Civil Veterinary Department. Madras. Admin. report 1926-33 - 1926-1933
Year: 1926
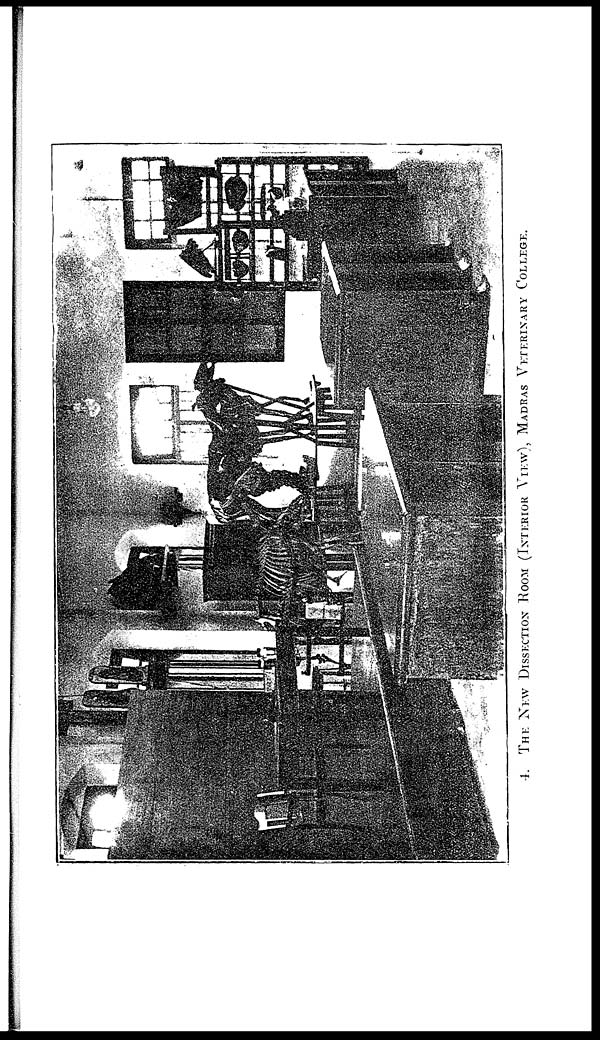
4.
THE NEW DISSECTION ROOM (INTERIOR VIEW), MADRAS VETERINARY COLLEGE.